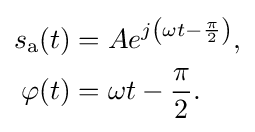
{\begin{aligned}s_{\mathrm {a} }(t)&=Ae^{j\left(\omega t-{\frac {\pi }{2}}\right)},\\\varphi (t)&=\omega t-{\frac {\pi }{2}}.\end{aligned}}